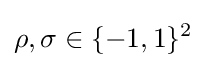
\rho ,\sigma \in \{-1,1\}^{2}